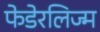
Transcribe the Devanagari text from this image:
फेडेरलिज्म